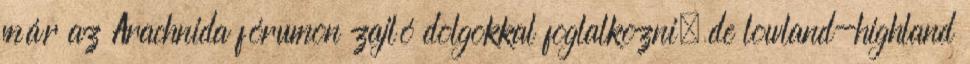
már az Arachnida fórumon zajló dolgokkal foglalkozni, de lowland-highland